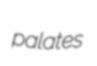
palates